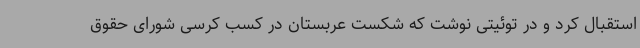
استقبال کرد و در توئیتی نوشت که شکست عربستان در کسب کرسی شورای حقوق